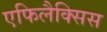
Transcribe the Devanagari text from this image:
एफिलैक्सिस